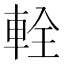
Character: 輇